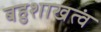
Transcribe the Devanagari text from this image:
बहुशाखत्वं